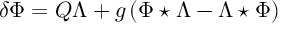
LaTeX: \delta \Phi = Q \Lambda + g \left( \Phi \star \Lambda - \Lambda \star \Phi \right)